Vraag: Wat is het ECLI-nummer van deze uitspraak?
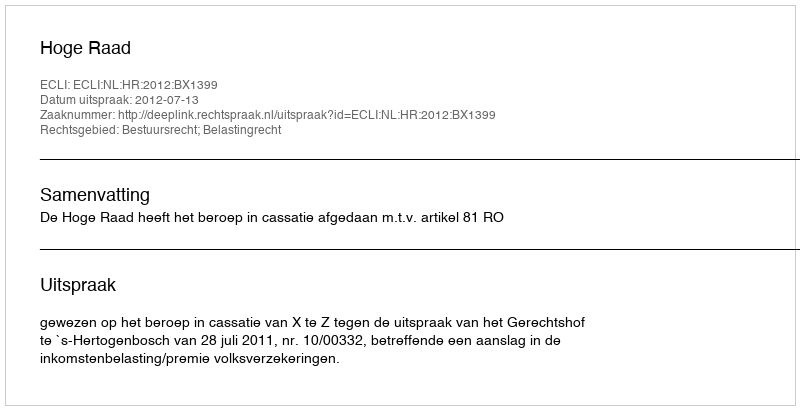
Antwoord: ECLI:NL:HR:2012:BX1399